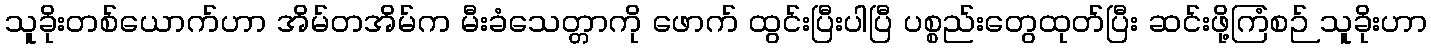
သူခိုးတစ်ယောက်ဟာ အိမ်တအိမ်က မီးခံသေတ္တာကို ဖောက် ထွင်းပြီးပါပြီ ပစ္စည်းတွေထုတ်ပြီး ဆင်းဖို့ကြံစဉ် သူခိုးဟာ